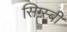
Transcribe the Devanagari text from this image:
सिग्स्बी